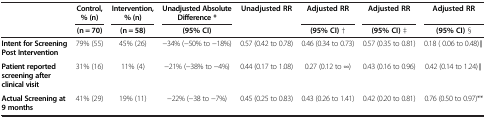
<table><thead><tr><td rowspan="2"><b> </b></td><td><b>Control, % (n)</b></td><td><b>Intervention, % (n)</b></td><td><b>Unadjusted Absolute Difference *</b></td><td><b>Unadjusted RR</b></td><td><b>Adjusted RR</b></td><td><b>Adjusted RR</b></td><td><b>Adjusted RR</b></td></tr><tr><td><b>(n = 70)</b></td><td><b>(n = 58)</b></td><td><b>(95% CI)</b></td><td><b> </b></td><td><b>(95% CI) †</b></td><td><b>(95% CI) ‡</b></td><td><b>(95% CI) §</b></td></tr></thead><tbody><tr><td><b>Intent for Screening Post Intervention</b></td><td>79% (55)</td><td>45% (26)</td><td>−34% (−50% to −18%)</td><td>0.57 (0.42 to 0.78)</td><td>0.46 (0.34 to 0.73)</td><td>0.57 (0.35 to 0.81)</td><td>0.18 ( 0.06 to 0.48)∥</td></tr><tr><td><b>Patient reported screening after clinical visit</b></td><td>31% (16)</td><td>11% (4)</td><td>−21% (−38% to −4%)</td><td>0.44 (0.17 to 1.08)</td><td>0.27 (0.12 to ∞)</td><td>0.43 (0.16 to 0.96)</td><td>0.42 (0.14 to 1.24)∥</td></tr><tr><td><b>Actual Screening at 9 months</b></td><td>41% (29)</td><td>19% (11)</td><td>−22% (−38 to −7%)</td><td>0.45 (0.25 to 0.83)</td><td>0.43 (0.26 to 1.41)</td><td>0.42 (0.20 to 0.81)</td><td>0.76 (0.50 to 0.97)**</td></tr></tbody></table>